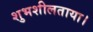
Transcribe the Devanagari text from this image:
शुभशीलताया।